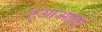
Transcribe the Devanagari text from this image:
ट्आआळ्